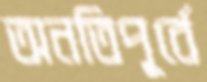
অনতিপূর্বে